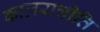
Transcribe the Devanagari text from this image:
कालरात्रीति